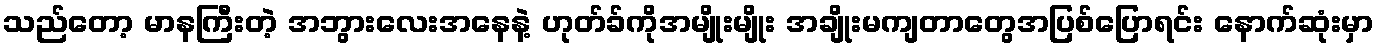
သည်တော့ မာနကြီးတဲ့ အဘွားလေးအနေနဲ့ ဟုတ်ခ်ကိုအမျိုးမျိုး အချိုးမကျတာတွေအပြစ်ပြောရင်း နောက်ဆုံးမှာ